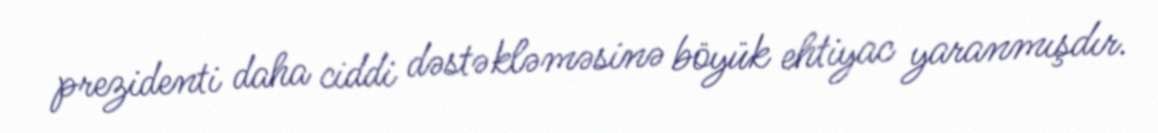
prezidenti daha ciddi dəstəkləməsinə böyük ehtiyac yaranmışdır.